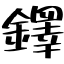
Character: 鐸